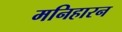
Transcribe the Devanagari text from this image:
मनिहारन